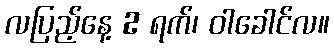
လပြည့်နေ့ 2 ရက်၊ ဝါခေါင်လ။